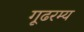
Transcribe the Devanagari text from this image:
गूढरम्य